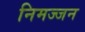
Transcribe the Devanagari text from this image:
निमज्‍जन